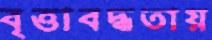
বৃত্তাবদ্ধতায়